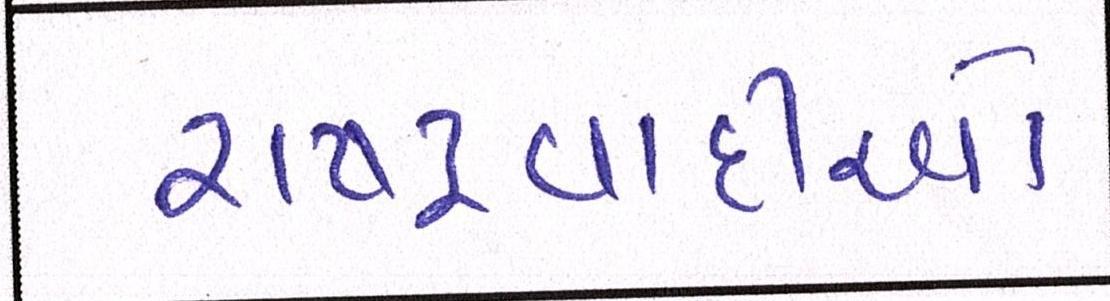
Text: રાષ્ટ્રવાદીઓ